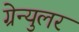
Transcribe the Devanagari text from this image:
ग्रेन्युलर